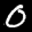
Label: 0